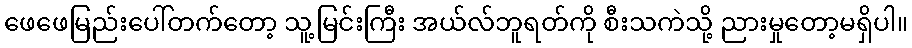
ဖေဖေမြည်းပေါ်တက်တော့ သူ့မြင်းကြီး အယ်လ်ဘူရတ်ကို စီးသကဲသို့ ညားမှုတော့မရှိပါ။